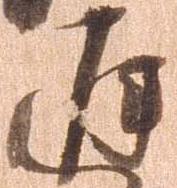
遅